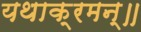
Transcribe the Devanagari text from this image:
यथाक्रमन्॥